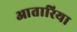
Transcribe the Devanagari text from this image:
आतारिया